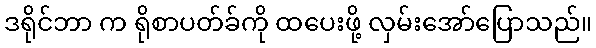
ဒရိုင်ဘာ က ရိုစာပတ်ခ်ကို ထပေးဖို့ လှမ်းအော်ပြောသည်။